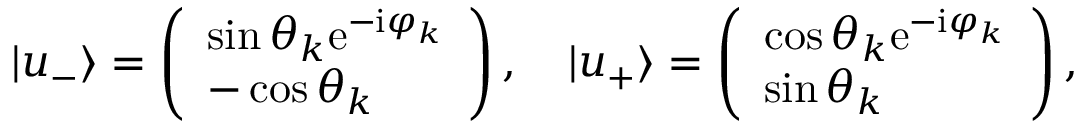
| u _ { - } \rangle = \left( \begin{array} { l } { \sin \theta _ { k } \mathrm { e } ^ { - \mathrm { i } \varphi _ { k } } } \\ { - \cos \theta _ { k } } \end{array} \right) , \quad | u _ { + } \rangle = \left( \begin{array} { l } { \cos \theta _ { k } \mathrm { e } ^ { - \mathrm { i } \varphi _ { k } } } \\ { \sin \theta _ { k } } \end{array} \right) ,